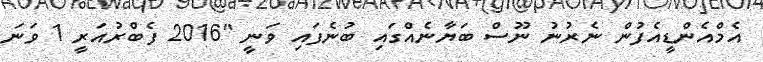
އެމްއެންޑީއެފުން ނެރުނު ނޫސް ބަޔާނެއްގައި ބުނެފައި ވަނީ "2016 ފެބްރުއަރީ 1 ވަނަ